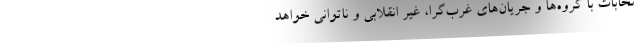
تخابات با گروه‌ها و جریان‌های غرب‌گرا، غیر انقلابی و ناتوانی خواهد